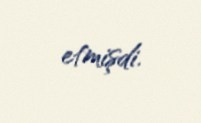
etmişdi.